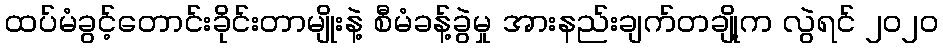
ထပ်မံခွင့်တောင်းခိုင်းတာမျိုးနဲ့ စီမံခန့်ခွဲမှု အားနည်းချက်တချို့က လွဲရင် ၂၀၂၀